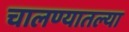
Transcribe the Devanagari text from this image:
चालण्यातल्या